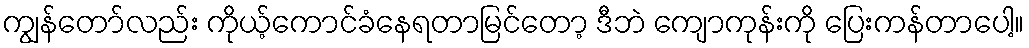
ကျွန်တော်လည်း ကိုယ့်ကောင်ခံနေရတာမြင်တော့ ဒီဘဲ ကျောကုန်းကို ပြေးကန်တာပေါ့။